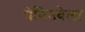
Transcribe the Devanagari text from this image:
पेनिज्वेला